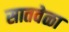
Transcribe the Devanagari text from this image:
सातवेळा